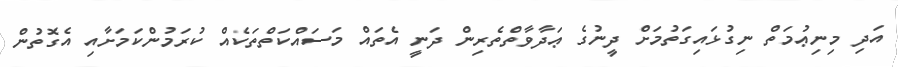
އަދި މިނިޢުމަތް ނިގުޅައިގަތުމަށް ދީނުގެ ޢަދާވާތްތެރިން ދަނީ އެތައް މަސައްކަތްތަކެއް ކުރަމުންކަމަށާއި އެގޮތުން